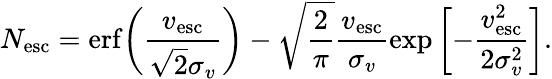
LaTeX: N_{\mathrm{esc}}=\mathrm{erf}\! \left(\frac{v_{\mathrm{esc}}}{\sqrt{2}\sigma_{v}}\right)-\sqrt{\frac{2}{\pi}}\frac{v_{\mathrm{esc}}}{\sigma_{v}}\exp\left[{-\frac{v_{\mathrm{esc}}^{2}}{2\sigma_{v}^{2}}}\right].